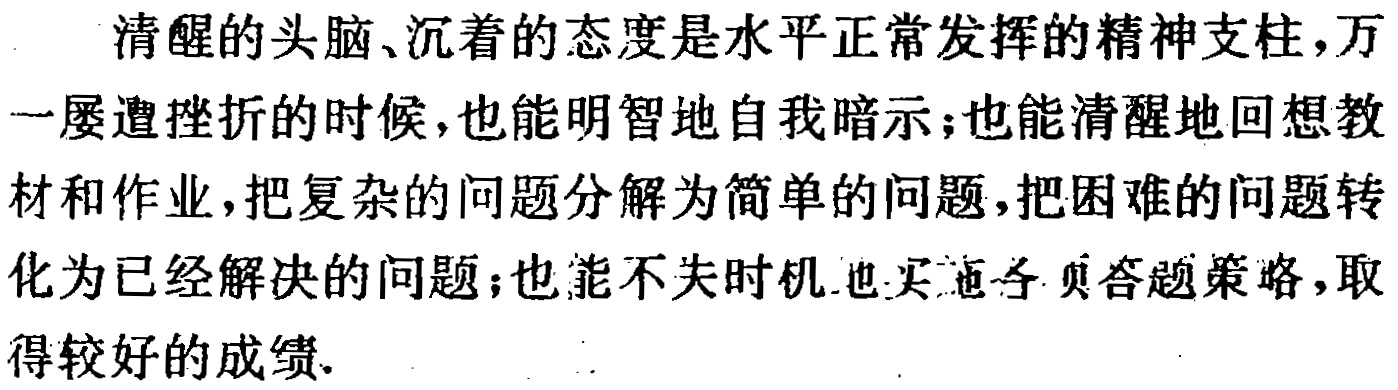
清醒的头脑、沉着的态度是水平正常发挥的精神支柱，万一屡遭挫折的时候，也能明智地自我暗示；也能清醒地回想教材和作业，把复杂的问题分解为简单的问题，把困难的问题转化为已经解决的问题；也能不失时机地买施各贝答题策略，取得较好的成绩.